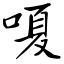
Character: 嗄